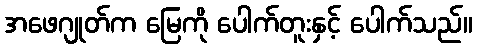
အဖေဂျုတ်က မြေကို ပေါက်တူးနှင့် ပေါက်သည်။